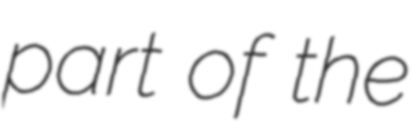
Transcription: part of the